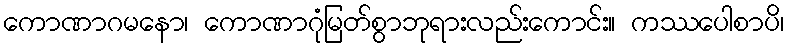
ကောဏာဂမနော၊ ကောဏာဂုံမြတ်စွာဘုရားလည်းကောင်း။ ကဿပေါစာပိ၊